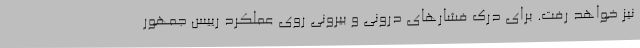
نیز خواهد رفت. برای درک فشارهای درونی و بیرونی روی عملکرد رییس جمهور